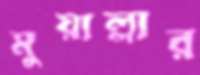
মুয়াল্লার